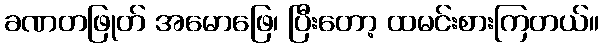
ခဏတဖြုတ် အမောဖြေ၊ ပြီးတော့ ထမင်းစားကြတယ်။